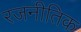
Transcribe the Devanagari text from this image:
रजनीतिक